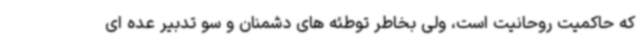
که حاکمیت روحانیت است، ولی بخاطر توطئه های دشمنان و سو تدبیر عده ای